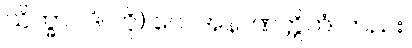
သိက္ခာပဒံ၊ ကို) ပေ။ အနာဏတ္တိကံ၊ တည်း၊